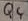
Text: Q4